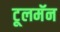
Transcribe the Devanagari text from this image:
टूलमॅन